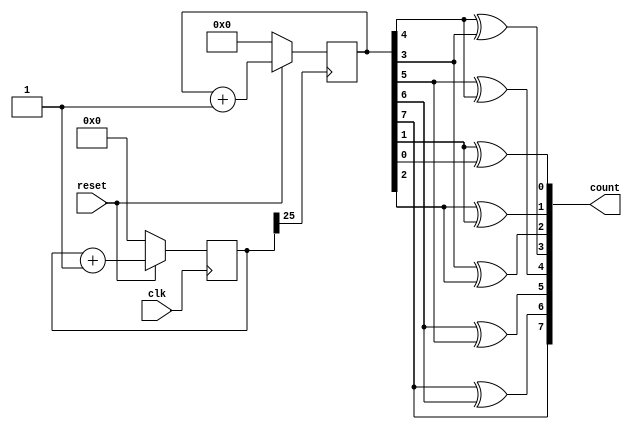
module gray_counter_clkdiv (clk, reset, count);
    input clk, reset;
    output [7:0] count;
    reg [7:0] y;
reg [27:0] clkdiv;
    always@ (posedge clk)
begin
	if(!reset) clkdiv=0;
else clkdiv=clkdiv+1;
end
always@(posedge clkdiv[25])
    begin
    if (! reset) y=0;
    else y=y+1; 
    end 
    assign count={y[7], y[7]^y[6], y[6]^y[5], y[5]^y[4], y[4]^y[3], y[3]^y[2], y[2]^y[1], y[1]^y[0] };
endmodule